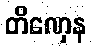
တိဏှေန